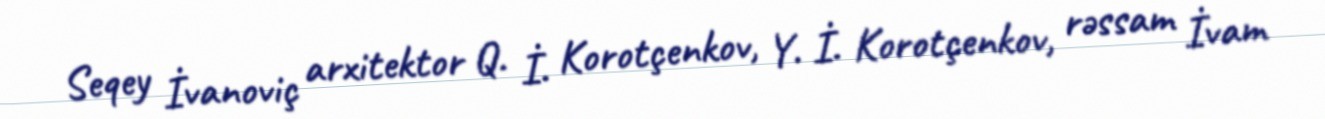
Seqey İvanoviç arxitektor Q. İ. Korotçenkov, Y. İ. Korotçenkov, rəssam İvam